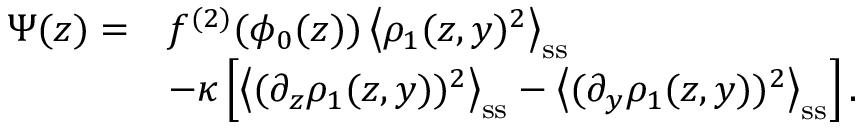
\begin{array} { r l } { \Psi ( z ) = } & { f ^ { ( 2 ) } ( \phi _ { 0 } ( z ) ) \left\langle \rho _ { 1 } ( z , y ) ^ { 2 } \right\rangle _ { \mathrm { s s } } } \\ & { - \kappa \left[ \left\langle ( \partial _ { z } \rho _ { 1 } ( z , y ) ) ^ { 2 } \right\rangle _ { \mathrm { s s } } - \left\langle ( \partial _ { y } \rho _ { 1 } ( z , y ) ) ^ { 2 } \right\rangle _ { \mathrm { s s } } \right] . } \end{array}